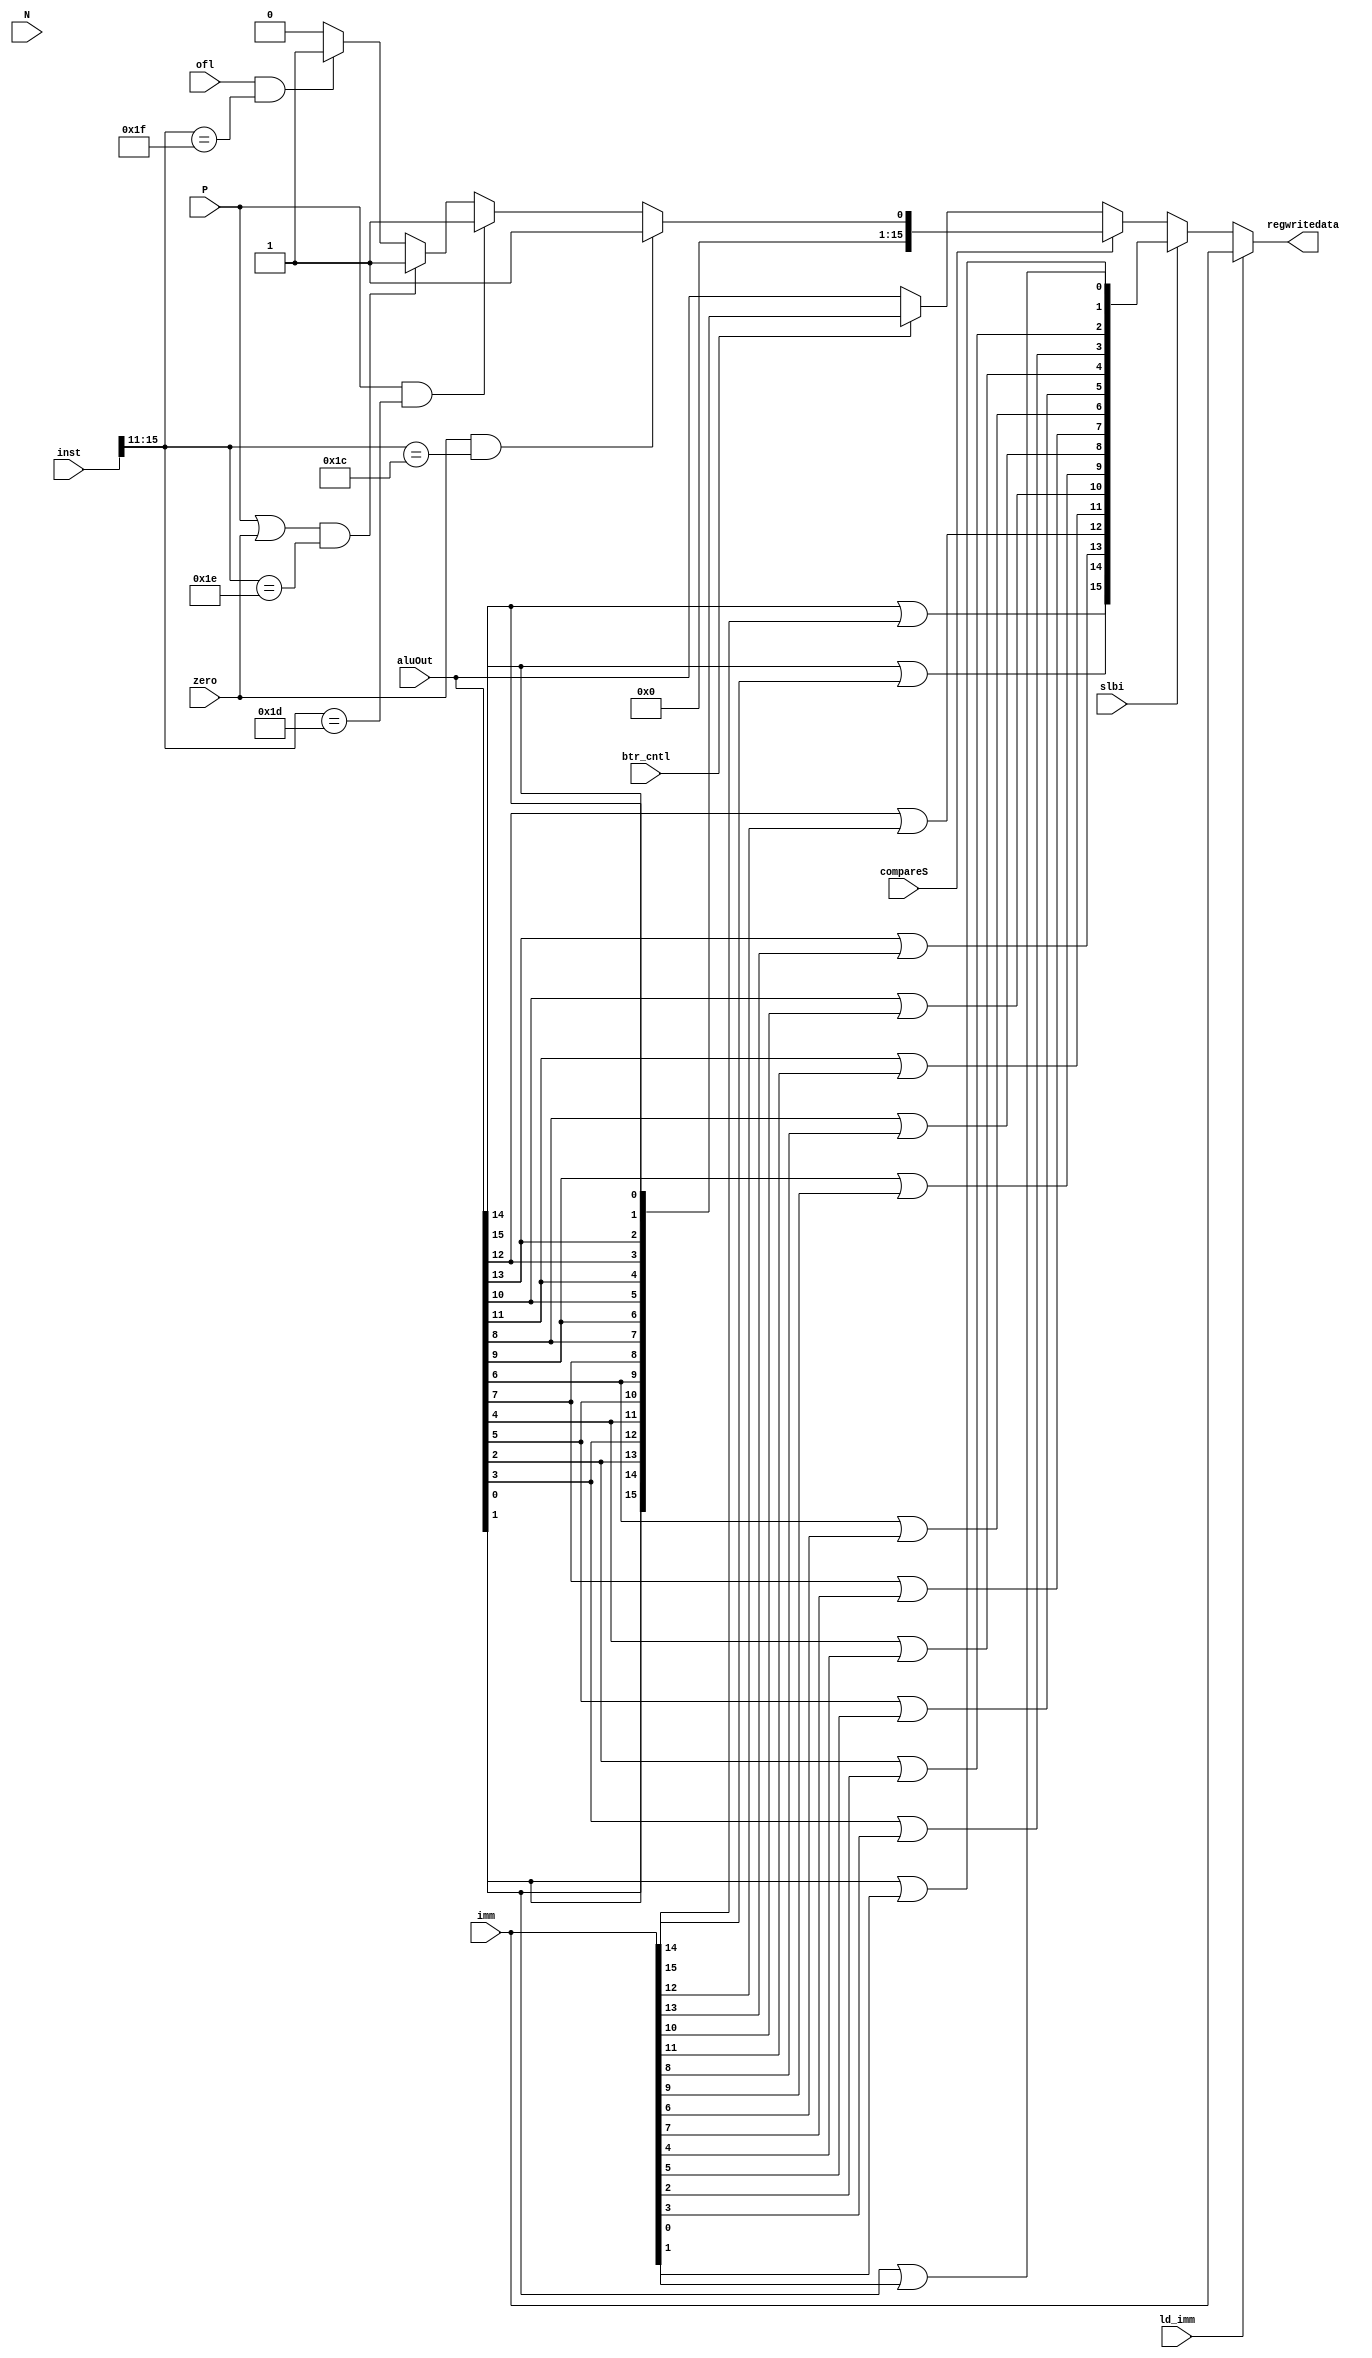
module EXresult(slbi,compareS,btr_cntl,aluOut,imm,ofl,zero,N,P,inst,ld_imm,regwritedata);



input ofl,zero,N,P,ld_imm;
input slbi,compareS,btr_cntl;
input [15:0] imm,inst,aluOut;

output [15:0]regwritedata;


wire [15:0] regwrback, sResults, slbi_aluOut, btr_out;



assign regwrback =   (slbi)?slbi_aluOut:
                     (compareS)? sResults:
                     btr_cntl? btr_out:
                      aluOut;
assign sResults =  (zero&(inst[15:11]==5'b11100))? 16'h0001:
                   (P&(inst[15:11]==5'b11101))? 16'h0001:
                   ((P|zero)&(inst[15:11]==5'b11110))? 16'h0001:
                   (ofl&(inst[15:11]==5'b11111))? 16'h0001:
                   16'h0000;
assign slbi_aluOut = {(aluOut[15]|imm[15]), (aluOut[14]|imm[14]),
  			(aluOut[13]|imm[13]), (aluOut[12]|imm[12]),
  			(aluOut[11]|imm[11]), (aluOut[10]|imm[10]),
  			(aluOut[9]|imm[9]), (aluOut[8]|imm[8]),
  			(aluOut[7]|imm[7]), (aluOut[6]|imm[6]),
  			(aluOut[5]|imm[5]), (aluOut[4]|imm[4]),
  			(aluOut[3]|imm[3]), (aluOut[2]|imm[2]),
  			(aluOut[1]|imm[1]), (aluOut[0]|imm[0])};

assign btr_out = {aluOut[0],aluOut[1],aluOut[2],aluOut[3],
                     aluOut[4],aluOut[5],aluOut[6],aluOut[7],
                    aluOut[8],aluOut[9],aluOut[10],aluOut[11],
                    aluOut[12],aluOut[13],aluOut[14],aluOut[15]};
                      
assign regwritedata = (ld_imm)? imm:regwrback;

endmodule